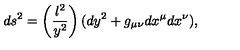
d s ^ { 2 } = \left( \frac { l ^ { 2 } } { y ^ { 2 } } \right) ( d y ^ { 2 } + g _ { \mu \nu } d x ^ { \mu } d x ^ { \nu } ) ,